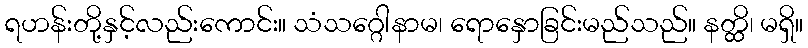
ရဟန်းတို့နှင့်လည်းကောင်း။ သံသဂ္ဂေါနာမ၊ ရောနှောခြင်းမည်သည်။ နတ္ထိ၊ မရှိ။